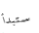
ستبدأ